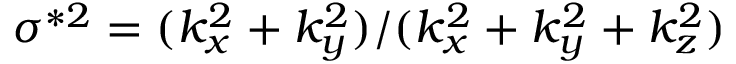
\sigma ^ { * 2 } = ( k _ { x } ^ { 2 } + k _ { y } ^ { 2 } ) / ( k _ { x } ^ { 2 } + k _ { y } ^ { 2 } + k _ { z } ^ { 2 } )